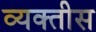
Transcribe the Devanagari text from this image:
व्यक्‍तीस